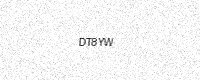
Text: DT8YW